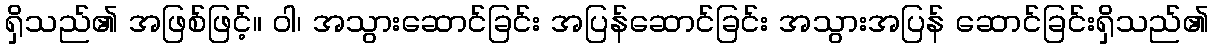
ရှိသည်၏ အဖြစ်ဖြင့်။ ဝါ၊ အသွားဆောင်ခြင်း အပြန်ဆောင်ခြင်း အသွားအပြန် ဆောင်ခြင်းရှိသည်၏